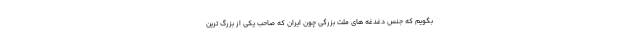
بگویم که جنس دغدغه های ملت بزرگی چون ایران که صاحب یکی از بزرگ ترین